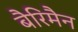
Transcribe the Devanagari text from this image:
बैरिमैन